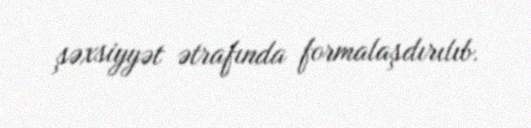
şəxsiyyət ətrafında formalaşdırılıb.